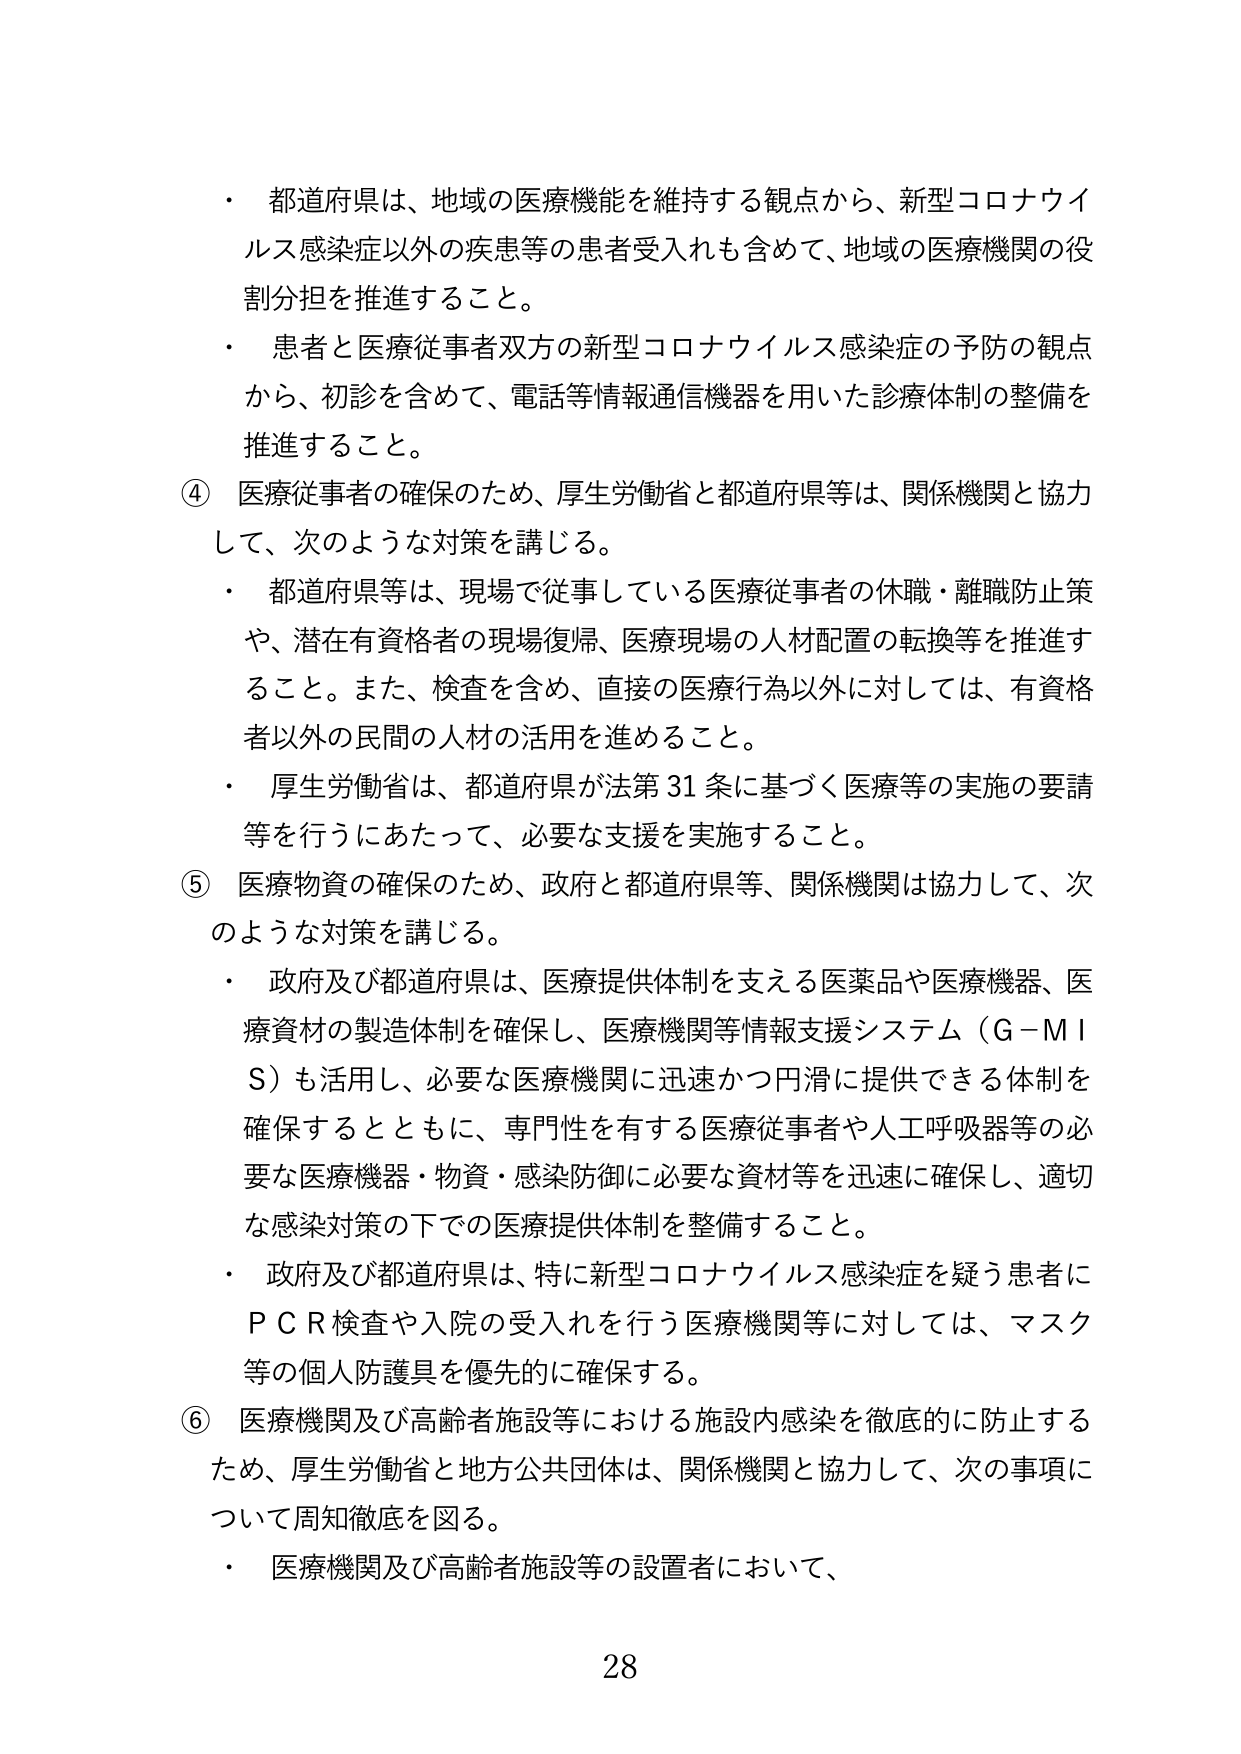
・ 都道府県は、地域の医療機能を維持する観点から、新型コロナウイルス感染症以外の疾患等の患者受入れも含めて、地域の医療機関の役割分担を推進すること。

・ 患者と医療従事者双方の新型コロナウイルス感染症の予防の観点から、初診を含めて、電話等情報通信機器を用いた診療体制の整備を推進すること。

④ 医療従事者の確保のため、厚生労働省と都道府県等は、関係機関と協力して、次のような対策を講じる。

・ 都道府県等は、現場で従事している医療従事者の休職・離職防止策や、潜在有資格者の現場復帰、医療現場の人材配置の転換等を推進すること。また、検査を含め、直接の医療行為以外に対しては、有資格者以外の民間の人材の活用を進めるること。

・ 厚生労働省は、都道府県が法第31条に基づく医療等の実施の要請等を行うにあたって、必要な支援を実施すること。

⑤ 医療物資の確保のため、政府と都道府県等、関係機関は協力して、次のような対策を講じる。

・ 政府及び都道府県は、医療提供体制を支える医薬品や医療機器、医療資材の製造体制を確保し、医療機関等情報支援システム（G-MIS）も活用し、必要な医療機関に迅速かつ円滑に提供できる体制を確保するとともに、専門性を有する医療従事者や人工呼吸器等の必要な医療機器・物資・感染防御に必要な資材等を迅速に確保し、適切な感染対策の下での医療提供体制を整備すること。

・ 政府及び都道府県は、特に新型コロナウイルス感染症を疑う患者にPCR検査や入院の受入れを行う医療機関等に対しては、マスク等の個人防護具を優先的に確保する。

⑥ 医療機関及び高齢者施設等における施設内感染を徹底的に防止するため、厚生労働省と地方公共団体は、関係機関と協力して、次の事項について周知徹底を図る。

・ 医療機関及び高齢者施設等の設置者において、

28